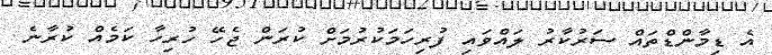
އެ ޑިމާންޑްތައް ސަރުކާރު ލައްވައި ފުރިހަމަކުރުމަށް ކުރަން ޖެހޭ ހުރިހާ ކަމެއް ކުރާނެ